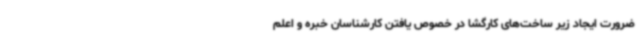
ضرورت ایجاد زیر ساخت‌های کارگشا در خصوص یافتن کارشناسان خبره و اعلم